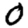
Digit: 0